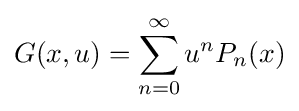
G(x,u)=\sum _{n=0}^{\infty }u^{n}P_{n}(x)